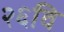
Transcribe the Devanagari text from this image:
२६वि